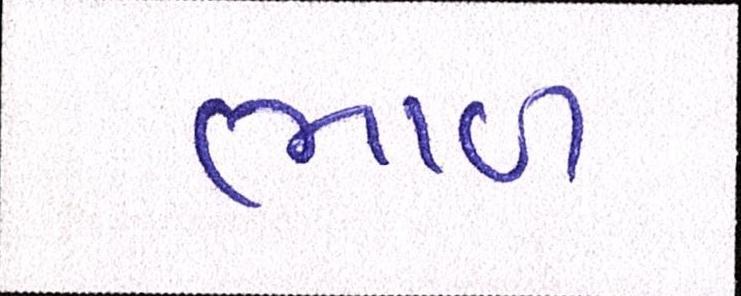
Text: ભાળ